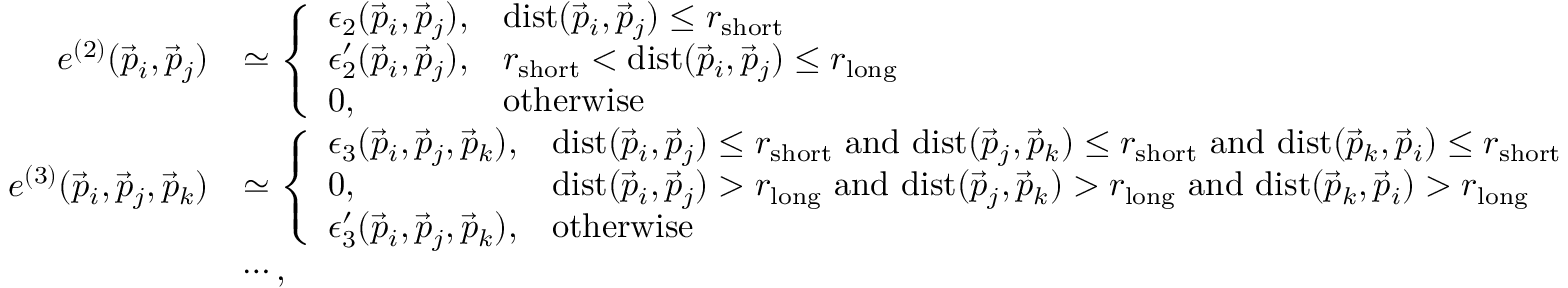
\begin{array} { r l } { e ^ { ( 2 ) } ( \vec { p } _ { i } , \vec { p } _ { j } ) } & { \simeq \left\{ \begin{array} { l l } { \epsilon _ { 2 } ( \vec { p } _ { i } , \vec { p } _ { j } ) , } & { \mathrm { d i s t } ( \vec { p } _ { i } , \vec { p } _ { j } ) \leq r _ { \mathrm { s h o r t } } } \\ { \epsilon _ { 2 } ^ { \prime } ( \vec { p } _ { i } , \vec { p } _ { j } ) , } & { r _ { \mathrm { s h o r t } } < \mathrm { d i s t } ( \vec { p } _ { i } , \vec { p } _ { j } ) \leq r _ { \mathrm { l o n g } } } \\ { 0 , } & { \mathrm { o t h e r w i s e } } \end{array} \right. } \\ { e ^ { ( 3 ) } ( \vec { p } _ { i } , \vec { p } _ { j } , \vec { p } _ { k } ) } & { \simeq \left\{ \begin{array} { l l } { \epsilon _ { 3 } ( \vec { p } _ { i } , \vec { p } _ { j } , \vec { p } _ { k } ) , } & { \mathrm { d i s t } ( \vec { p } _ { i } , \vec { p } _ { j } ) \leq r _ { \mathrm { s h o r t } } \ \mathrm { a n d } \ \mathrm { d i s t } ( \vec { p } _ { j } , \vec { p } _ { k } ) \leq r _ { \mathrm { s h o r t } } \ \mathrm { a n d } \ \mathrm { d i s t } ( \vec { p } _ { k } , \vec { p } _ { i } ) \leq r _ { \mathrm { s h o r t } } } \\ { 0 , } & { \mathrm { d i s t } ( \vec { p } _ { i } , \vec { p } _ { j } ) > r _ { \mathrm { l o n g } } \ \mathrm { a n d } \ \mathrm { d i s t } ( \vec { p } _ { j } , \vec { p } _ { k } ) > r _ { \mathrm { l o n g } } \ \mathrm { a n d } \ \mathrm { d i s t } ( \vec { p } _ { k } , \vec { p } _ { i } ) > r _ { \mathrm { l o n g } } } \\ { \epsilon _ { 3 } ^ { \prime } ( \vec { p } _ { i } , \vec { p } _ { j } , \vec { p } _ { k } ) , } & { \mathrm { o t h e r w i s e } } \end{array} \right. } \\ & { \cdots , } \end{array}